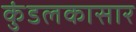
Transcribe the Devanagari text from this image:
कुंडलकासार